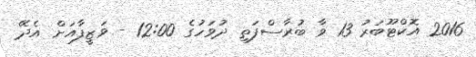
2016 އޮކްޓޫބަރު 13 ވާ ބުރާސްފަތި ދުވަހުގެ 12:00 - ވަޒީފާއަށް އެދޭ